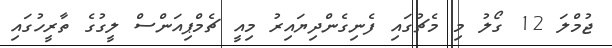
ޖުމްލަ 12 ގޯލު މި މެޗުގައި ފެނިގެންދިޔައިރު މިއީ ޗެމްޕިއަންސް ލީގުގެ ތާރީހުގައި